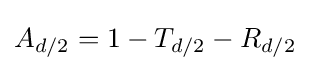
A_{d/2}=1-T_{d/2}-R_{d/2}